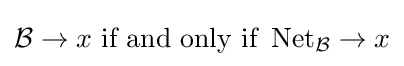
{\mathcal {B}}\to x{\text{ if and only if }}\operatorname {Net} _{\mathcal {B}}\to x